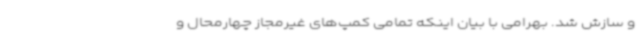
و سازش شد. بهرامی با بیان اینکه تمامی کمپ‌های غیرمجاز چهارمحال و